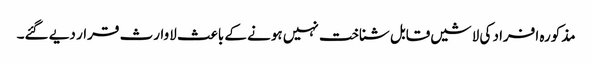
مذکورہ افراد کی لاشیں قابل شناخت نہیں ہونے کے باعث لاوارث قرار دیے گئے۔